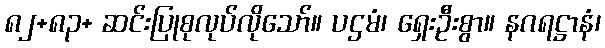
၈၂+၈၃+ ဆင်းပြုစုလုပ်လိုသော်။ ပဌမံ၊ ရှေးဦးစွာ။ နဂရဋ္ဌာနံ၊